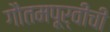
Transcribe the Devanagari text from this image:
गौतमपूर्वीची